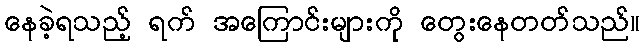
နေခဲ့ရသည့် ရက် အကြောင်းများကို တွေးနေတတ်သည်။